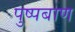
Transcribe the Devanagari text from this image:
पुष्पबाण